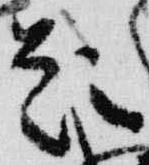
題